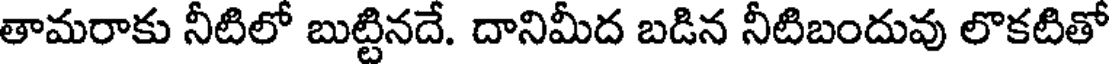
తామరాకు నీటిలో బుట్టినదే. దానిమీద బడిన నీటిబందువు లొకటితో